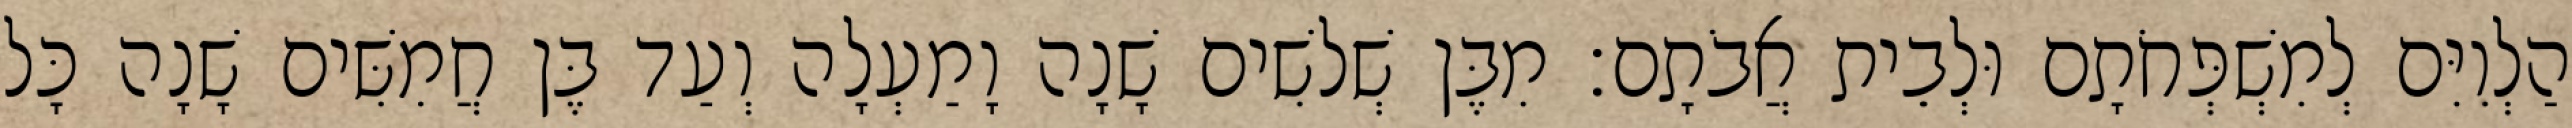
הַלְוִיִּם לְמִשְׁפְּחֹתָם וּלְבֵית אֲבֹתָם׃ מִבֶּן שְׁלשִׁים שָׁנָה וָמַעְלָה וְעַד בֶּן חֲמִשִּׁים שָׁנָה כָּל